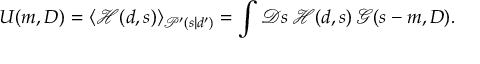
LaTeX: U ( m , D ) = \langle { \mathcal { H } } ( d , s ) \rangle _ { { \mathcal { P } } ^ { \prime } ( s | d ^ { \prime } ) } = \int { \mathcal { D } } s \, { \mathcal { H } } ( d , s ) \, { \mathcal { G } } ( s - m , D ) .